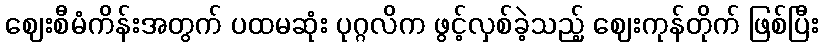
ဈေးစီမံကိန်းအတွက် ပထမဆုံး ပုဂ္ဂလိက ဖွင့်လှစ်ခဲ့သည့် ဈေးကုန်တိုက် ဖြစ်ပြီး